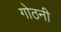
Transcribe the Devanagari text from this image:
गोठनी